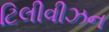
ટિલીવીઝન